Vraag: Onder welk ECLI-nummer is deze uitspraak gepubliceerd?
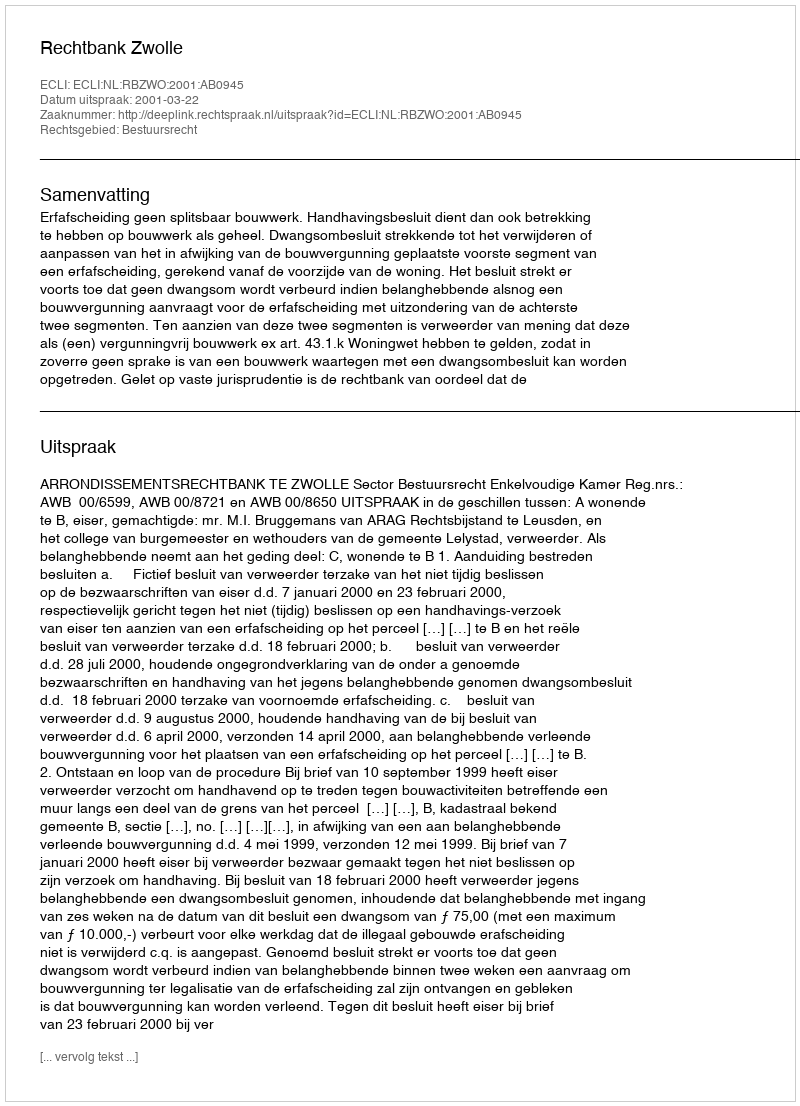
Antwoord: ECLI:NL:RBZWO:2001:AB0945